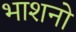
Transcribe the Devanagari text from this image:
भाशनो